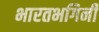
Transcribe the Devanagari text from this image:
भारतभगिनी